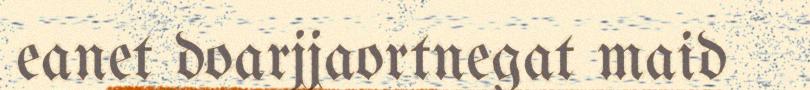
eanet doarjjaortnegat maid